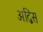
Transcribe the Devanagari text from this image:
अद्विस